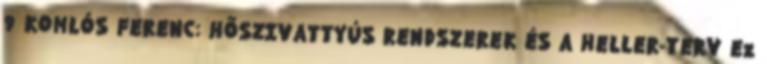
9 KOMLÓS FERENC: HŐSZIVATTYÚS RENDSZEREK ÉS A HELLER-TERV Ez